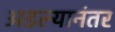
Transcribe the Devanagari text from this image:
अडल्यानंतर